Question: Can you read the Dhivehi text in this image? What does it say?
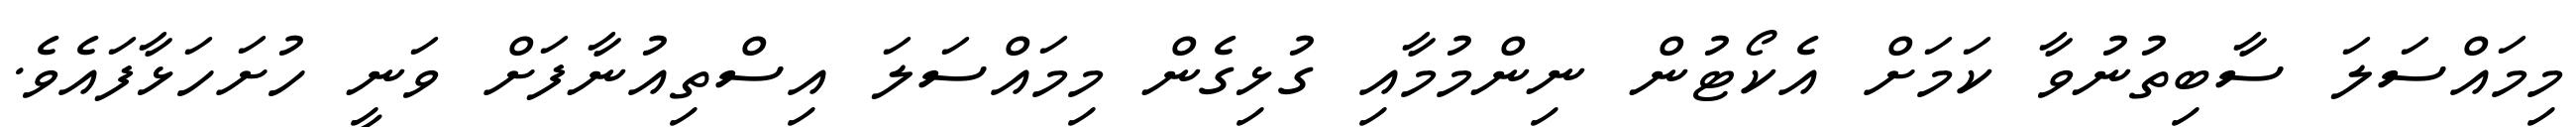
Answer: މިމައްސަލަ ސާބިތުނުވާ ކަމަށް އެކޯޓުން ނިންމުމާއި ގުޅިގެން މިމައްސަލަ އިސްތިއުނާފަށް ވަނީ ހުށަހަޅާފައެވެ.